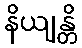
နိယျန္တိ